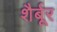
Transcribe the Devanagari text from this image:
शैर्बूर